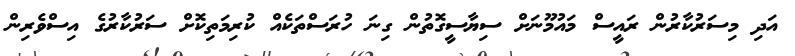
އަދި މިސަރުކާރުން ރައީސް މައުމޫނަށް ސިޔާސީގޮތުން ގިނަ ހުރަސްތަކެއް ކުރިމަތިކޮށް ސަރުކާރުގެ އިސްވެރިން